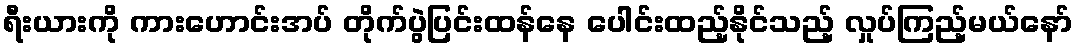
ရီးယားကို ကားဟောင်းအပ် တိုက်ပွဲပြင်းထန်နေ ပေါင်းထည့်နိုင်သည့် လှုပ်ကြည့်မယ်နော်